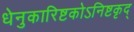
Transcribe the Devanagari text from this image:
धेनुकारिष्टकोऽनिष्टकृद्